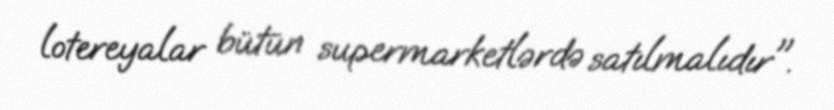
lotereyalar bütün supermarketlərdə satılmalıdır".